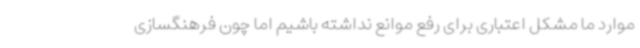
موارد ما مشکل اعتباری برای رفع موانع نداشته باشیم اما چون فرهنگسازی